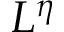
L ^ { \eta }